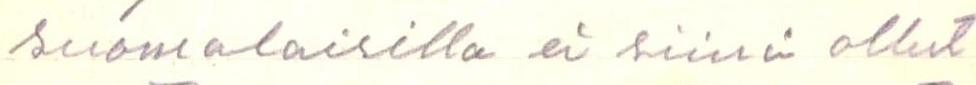
suomalaisilla ei siinä ollut